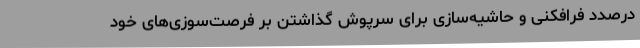
درصدد فرافکنی و حاشیه‌سازی برای سرپوش گذاشتن بر فرصت‌سوزی‌های خود